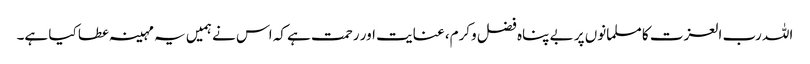
اللہ رب العزت کا مسلمانوں پر بے پناہ فضل وکرم، عنایت اور رحمت ہے کہ اس نے ہمیں یہ مہینہ عطا کیا ہے۔